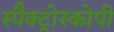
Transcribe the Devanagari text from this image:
स्पैक्ट्रोस्कोपी